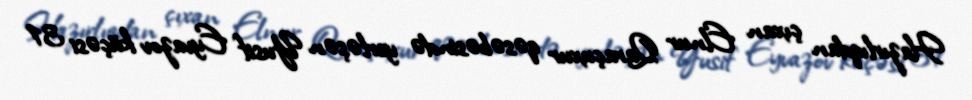
Hazırlıqdan çıxan Elnur Qaraçuxur qəsəbəsində yerləşən Yusif Eyvazov küçəsi 31